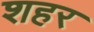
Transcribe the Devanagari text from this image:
शहर